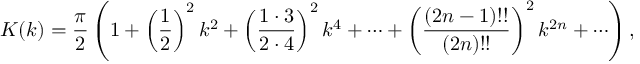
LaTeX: K ( k ) = { \frac { \pi } { 2 } } \left( 1 + \left( { \frac { 1 } { 2 } } \right) ^ { 2 } k ^ { 2 } + \left( { \frac { 1 \cdot 3 } { 2 \cdot 4 } } \right) ^ { 2 } k ^ { 4 } + \cdots + \left( { \frac { \left( 2 n - 1 \right) ! ! } { \left( 2 n \right) ! ! } } \right) ^ { 2 } k ^ { 2 n } + \cdots \right) ,